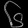
Digit: ၆